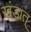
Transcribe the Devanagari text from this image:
खंडात्